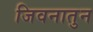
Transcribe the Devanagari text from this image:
जिवनातुन